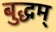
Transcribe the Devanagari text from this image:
बुद्धम्